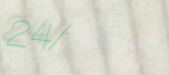
24/7